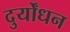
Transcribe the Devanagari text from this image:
दुर्योंधन